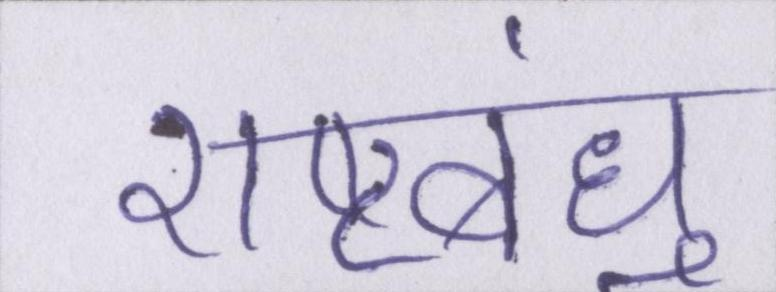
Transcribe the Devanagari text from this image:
राष्ट्रबंधु